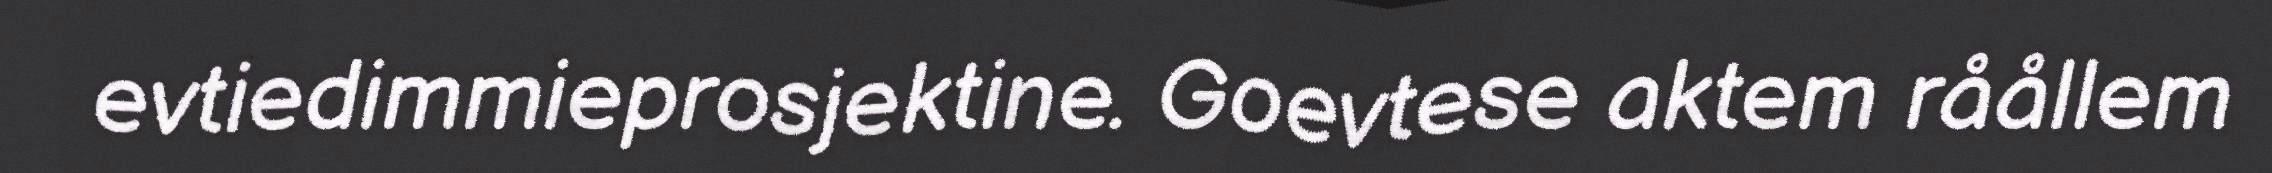
evtiedimmieprosjektine. Goevtese aktem råållem